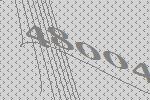
48004